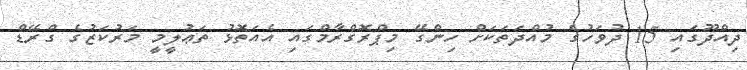
ދިއްދޫގައި 15 ދުވަހުގެ މުއްދަތަކަށް ހިންގޭ މިޕްރޮގްރާމްގައި އެއަތޮޅު ތަޢުލީމީ މަރުކަޒުގެ ގްރޭޑް